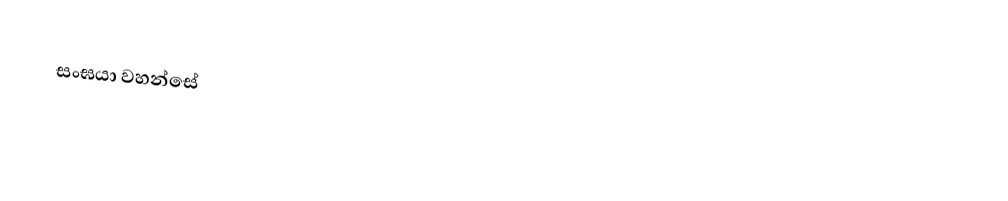
සංඝයා වහන්සේ